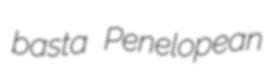
basta Penelopean